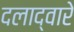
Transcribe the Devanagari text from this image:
दलाद्वारे